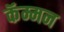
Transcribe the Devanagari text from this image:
कॅम्मन